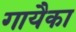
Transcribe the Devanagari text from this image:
गायैका